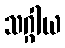
သဂ္ဂါယ